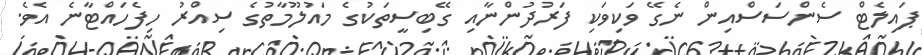
ޕައިލެޓް ސެންސަސްއިން ނެގޭ ވަކިވަކި ފަރުދުންނާއި ގޭބިސީތަކުގެ މައުލޫމާތުގެ ސިއްރު ހިފެހައްޓާނެ އެވެ.